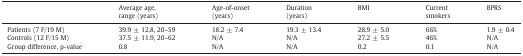
<table><thead><tr><td></td><td><b>Average age, range (years)</b></td><td><b>Age-of-onset (years)</b></td><td><b>Duration (years)</b></td><td><b>BMI</b></td><td><b>Current smokers</b></td><td><b>BPRS</b></td></tr></thead><tbody><tr><td>Patients (7 F/19 M)</td><td>39.9 ± 12.8, 20–59</td><td>18.2 ± 7.4</td><td>19.3 ± 13.4</td><td>28.9 ± 5.0</td><td>66%</td><td>1.9 ± 0.4</td></tr><tr><td>Controls (12 F/15 M)</td><td>37.5 ± 11.9, 20–62</td><td>N/A</td><td>N/A</td><td>27.2 ± 5.5</td><td>46%</td><td>N/A</td></tr><tr><td>Group difference, p-value</td><td>0.8</td><td>N/A</td><td>N/A</td><td>0.2</td><td>0.1</td><td>N/A</td></tr></tbody></table>